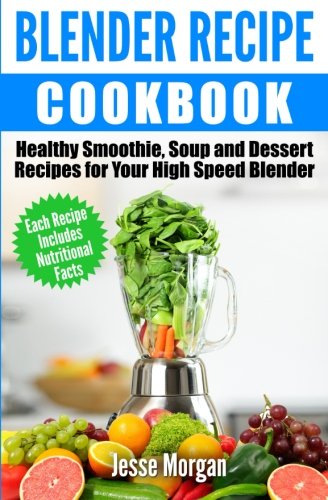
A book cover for Blender Recipe Cookbook: Healthy Smoothie, Soup and Dessert Recipes for your HIgh Speed Blender; Jesse Morgan; Cookbooks, Food & Wine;